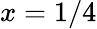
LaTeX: x=1/4